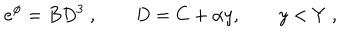
e ^ { \phi } = B D ^ { 3 } \ , \qquad D = C + \alpha y , \qquad y < Y \ ,